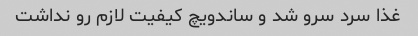
غذا سرد سرو شد و ساندویچ کیفیت لازم رو نداشت